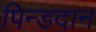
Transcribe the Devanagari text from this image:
पिन्डदान